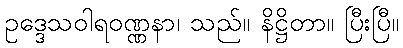
ဥဒ္ဒေသဝါရဝဏ္ဏနာ၊ သည်။ နိဋ္ဌိတာ။ ပြီးပြီ။